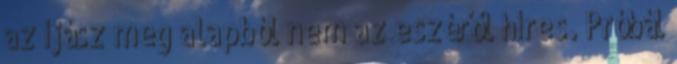
az íjász meg alapból nem az eszéről híres. Próbál